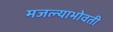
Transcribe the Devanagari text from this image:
मजल्याभोवती